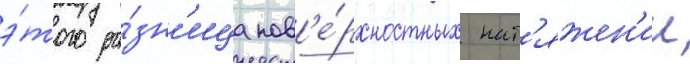
э́того ра́зн'ица пов'е́рхностных нат'яжен'ии